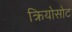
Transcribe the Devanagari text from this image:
क्रियोसोट